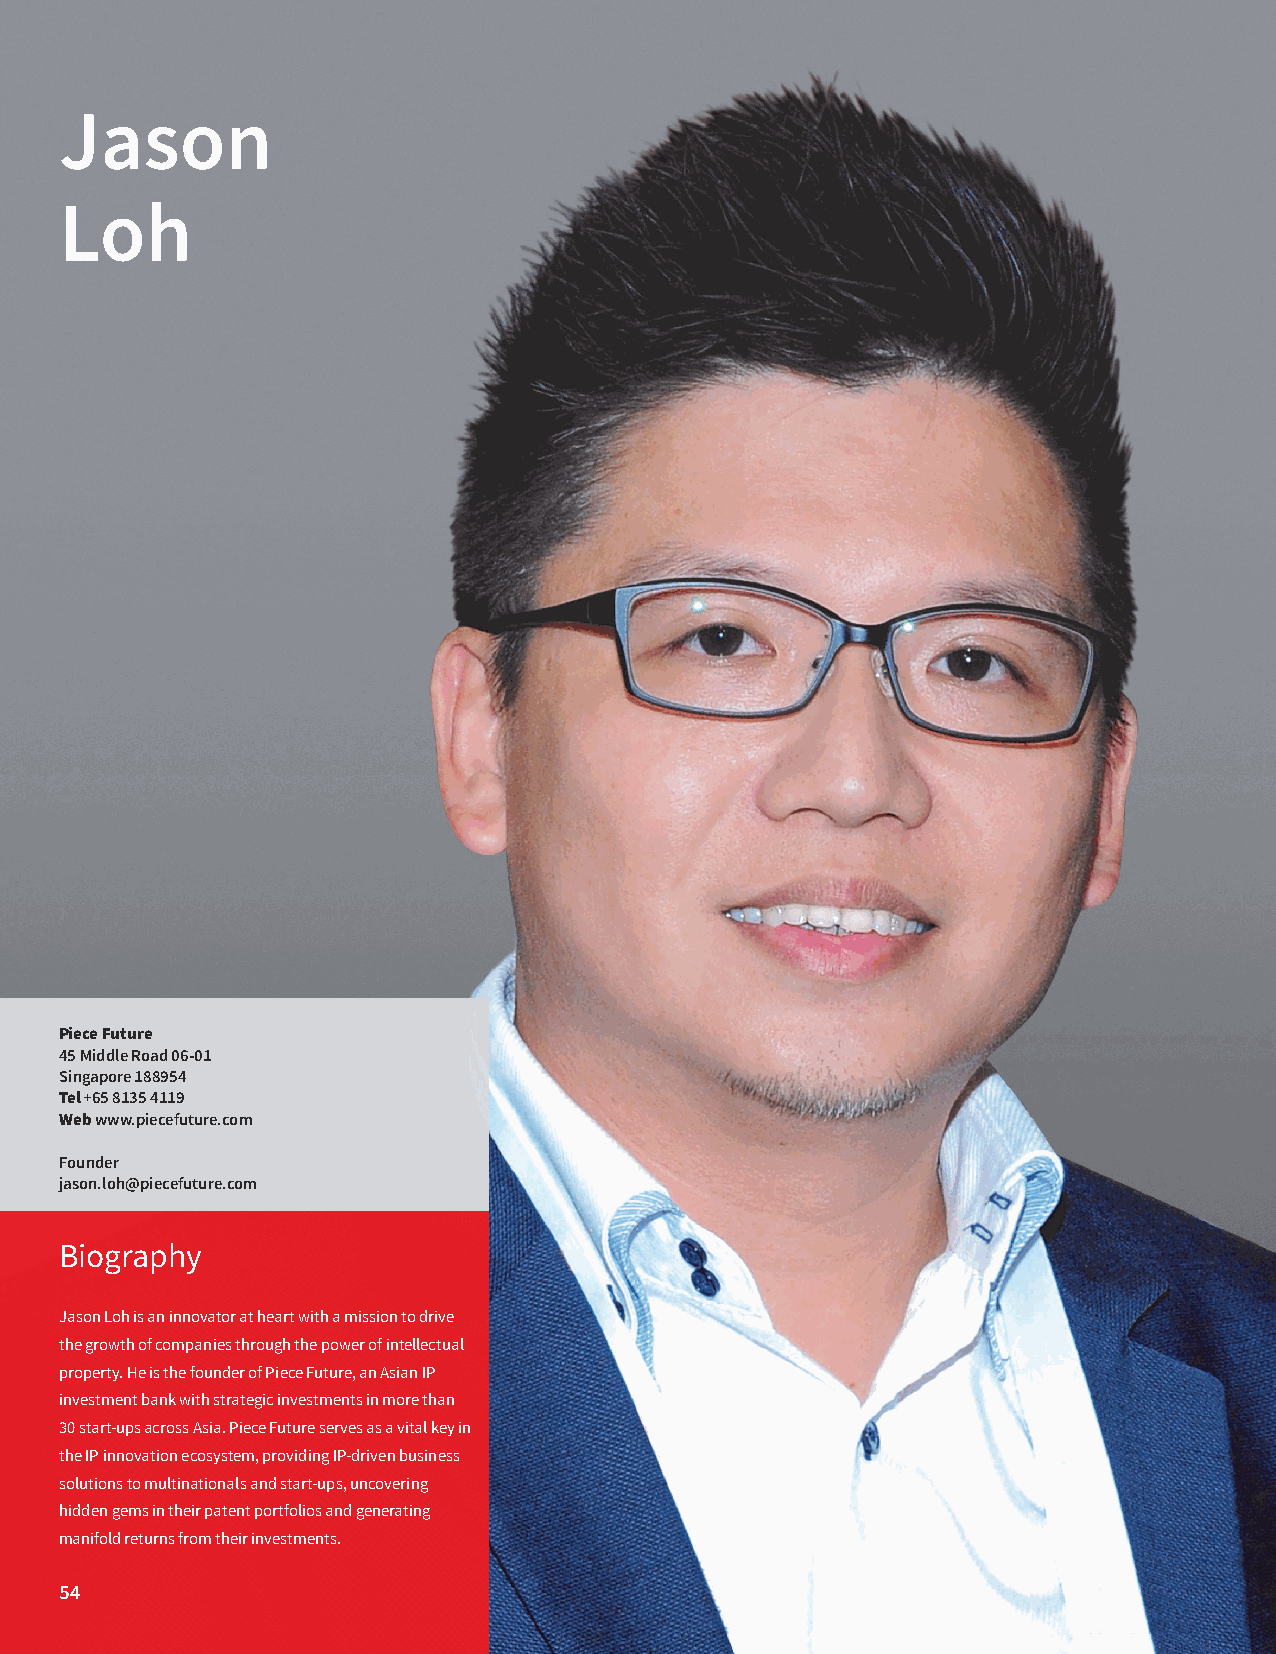
Jason
 Loh
 Piece Future
 45 Middle Road 06-01
 Singapore 188954
 Tel +65 8135 4119
 Web www.piecefuture.com
 Founder
 jason.loh@piecefuture.com
 Biography
 Jason Loh is an innovator at heart with a mission to drive
 the growth of companies through the power of intellectual
 property. He is the founder of Piece Future, an Asian IP
 investment bank with strategic investments in more than
 30 start-ups across Asia. Piece Future serves as a vital key in
 the IP innovation ecosystem, providing IP-driven business
 solutions to multinationals and start-ups, uncovering
 hidden gems in their patent portfolios and generating
 manifold returns from their investments.
 54